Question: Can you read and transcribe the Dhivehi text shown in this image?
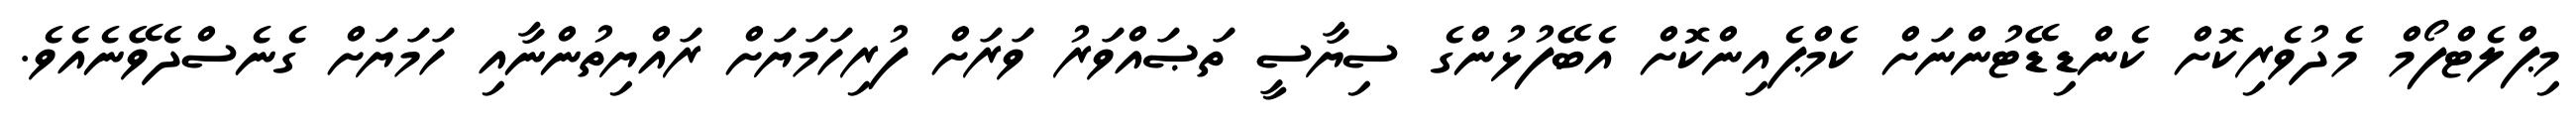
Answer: މިޕްލެޓްފޯމް މެދުވެރިކޮށް ކެންޑިޑޭޓުންނަށް ކެމްޕެއިންކޮށް އެބޭފުޅުންގެ ސިޔާސީ ތަޞައްވަރު ވަރަށް ފުރިހަމަޔަށް ރައްޔިތުންނާއި ހަމަޔަށް ގެނެސްދެވޭނެއެވެ.